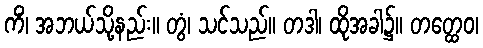
ကိံ၊ အဘယ်သို့နည်း။ တွံ၊ သင်သည်။ တဒါ၊ ထိုအခါ၌။ တတ္ထေဝ၊